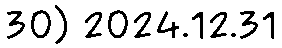
30) 2024.12.31